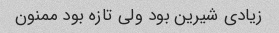
زیادی شیرین بود ولی تازه بود ممنون